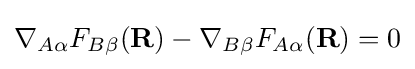
\nabla _{A\alpha }F_{B\beta }(\mathbf {R} )-\nabla _{B\beta }F_{A\alpha }(\mathbf {R} )=0